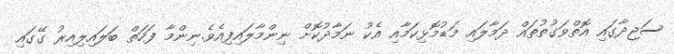
ސަޖިދާގައި އޮތްވަގުތުތައް ދަމާލައި މަޑުމޮޅިކަމާއި އެކު ނަމާދުކޮށް ނިންމާލައިފިއެވެ.ނިންމާ ފަހަތް ބަލައިލިއިރު ގޭގައި